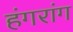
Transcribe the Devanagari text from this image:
हंगरांग